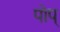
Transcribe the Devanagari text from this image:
पोप्